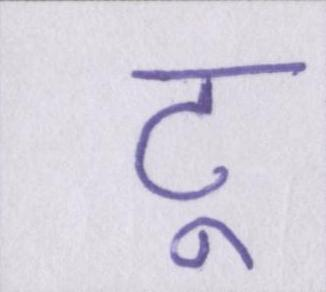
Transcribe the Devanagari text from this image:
टू